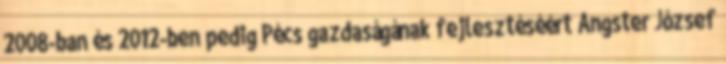
2008-ban és 2012-ben pedig Pécs gazdaságának fejlesztéséért Angster József